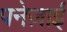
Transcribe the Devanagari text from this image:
पनेज़ाई